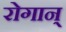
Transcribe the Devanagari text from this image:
रोगान्